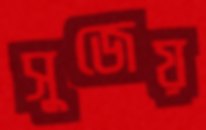
সুজেয়